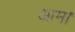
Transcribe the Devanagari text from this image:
आम।